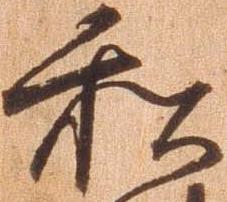
私